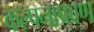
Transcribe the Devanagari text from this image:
कल्पनाप्रवण